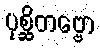
ပုစ္ဆိတဗ္ဗော